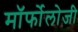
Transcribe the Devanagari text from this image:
मॉर्फोलोजी